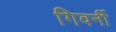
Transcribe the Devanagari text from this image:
गिवर्नी